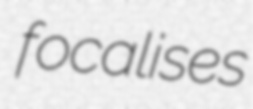
focalises